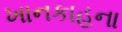
ખાનકાહના